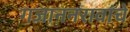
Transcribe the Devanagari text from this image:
गजाननरावांचे